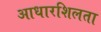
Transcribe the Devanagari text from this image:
आधारशिलता